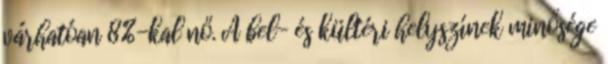
várhatóan 8%-kal nő. A bel- és kültéri helyszínek minősége